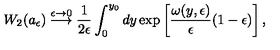
W _ { 2 } ( a _ { \epsilon } ) \stackrel { \epsilon \rightarrow 0 } { \longrightarrow } { \frac { 1 } { 2 \epsilon } } \int _ { 0 } ^ { y _ { 0 } } d y \exp \left[ { \frac { \omega ( y , \epsilon ) } { \epsilon } } ( 1 - \epsilon ) \right] ,